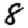
Digit: 8